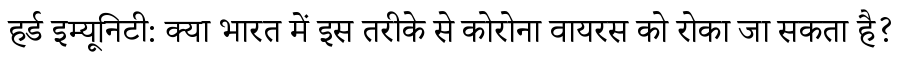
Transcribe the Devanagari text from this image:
हर्ड इम्यूनिटी: क्या भारत में इस तरीके से कोरोना वायरस को रोका जा सकता है?